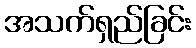
အသက်ရှည်ခြင်း